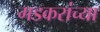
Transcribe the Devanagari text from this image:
गडकरांच्या